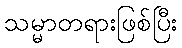
သမ္မာတရားဖြစ်ပြီး